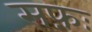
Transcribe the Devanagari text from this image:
सफ़ः